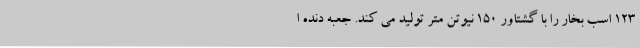
۱۲۳ اسب بخار را با گشتاور ۱۵۰ نیوتن متر تولید می کند. جعبه دنده ا